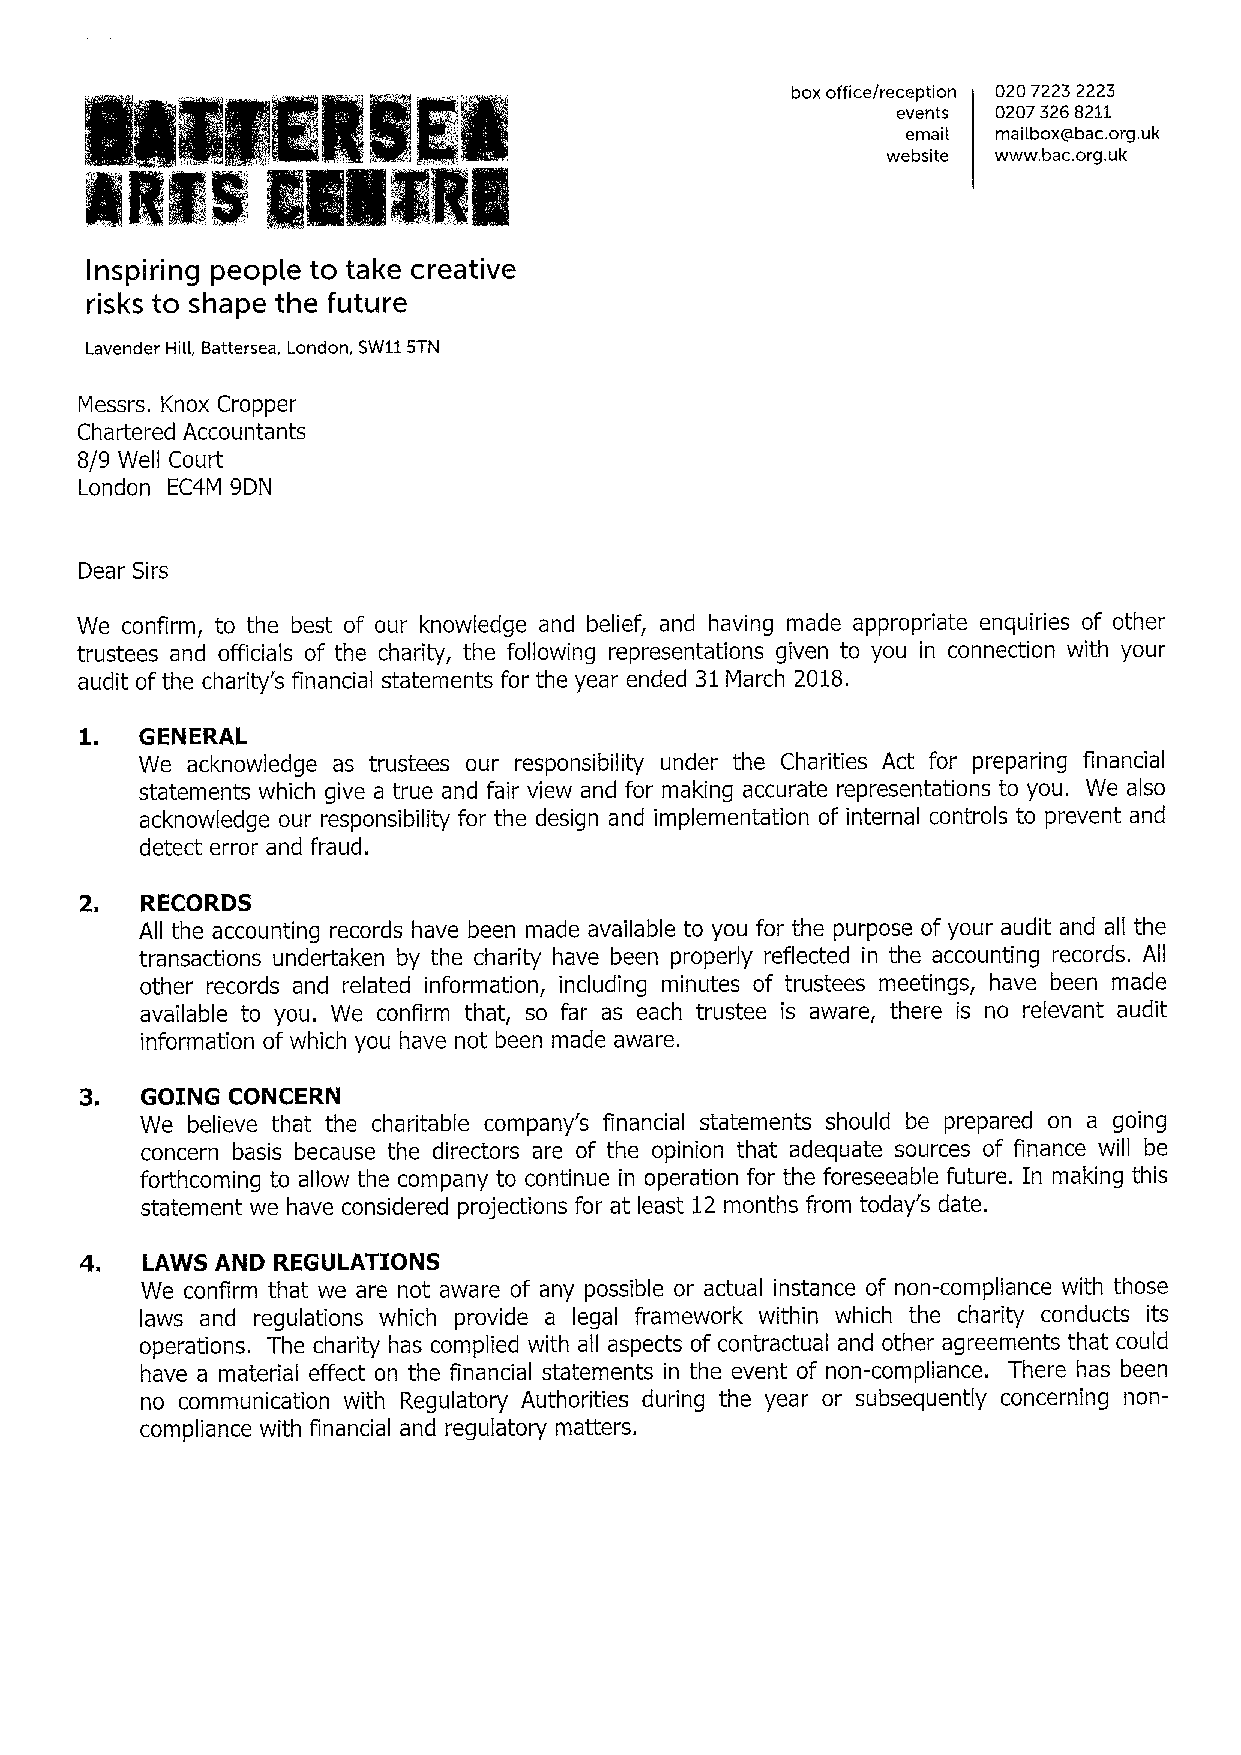
box office/reception 0207223 2223
 events 02073268211
 email mailbox@bac.org.uk
 website www. bac.org.uk
 Imlewl
 INNER
 Inspiring people to take creative
 risks to shape the future
 Lavender HiH, Battersea, London, SW115TN
 Messrs. Knox Cropper
 Chartered Accountants
 8/9 Well Court
 London EC4M 9DN
 Dear Sirs
 We confirm, to the best of our knowledge and belief, and having made appropriate enquiries of other
 trustees and officials of the charity, the following representations given to you in connection with your
 audit of the charity's financial statements for the year ended 31March 2018.
 1.
 GENERAL
 We acknowledge as trustees our responsibility under the Charities Act for preparing financial
 statements which give a true and fair view and for making accurate representations to you. We also
 acknowledge our responsibility for the design and implementation of internal controls to prevent and
 detect error and fraud.
 2.  RECORDS
 All the accounting records have been made available to you for the purpose of your audit and all the
 transactions undertaken by the charity have been properly reflected in the accounting records. All
 other records and related information, including minutes of trustees meetings, have been made
 available to you. We confirm that, so far as each trustee is aware, there is no relevant audit
 information of which you have not been made aware.
 3.  GOING CONCERN
 We believe that the charitable company's financial statements should be prepared on a going
 concern basis because the directors are of the opinion that adequate sources of finance will be
 forthcoming to allow the company to continue in operation for the foreseeable future. In making this
 statement we have considered projections for at least 12 months from today's date.
 4.  LAWS AND REGULATIONS
 We confirm that we are not aware of any possible or actual instance of non-compliance with those
 laws and regulations which provide a legal framework within which the charity conducts its
 operations. The charity has complied with all aspects of contractual and other agreements that could
 have a material effect on the financial statements in the event of non-compliance. There has been
 no communication with Regulatory Authorities during the year or subsequently concerning non-
 compliance with financial and regulatory matters.